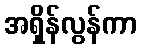
အရှိန်လွန်ကာ